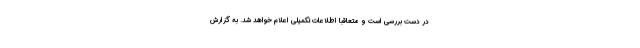
در دست بررسی است و متعاقبا اطلاعات تکمیلی اعلام خواهد شد. به گزارش